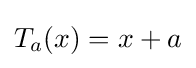
T_{a}(x)=x+a